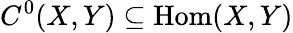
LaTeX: C^{0}(X,Y)\subseteq{\mathrm{Hom}}(X,Y)